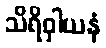
သိရိဝှါယနံ